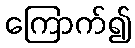
ကြောက်၍